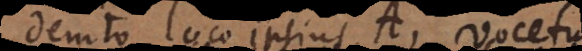
loco ipsius A, vocetur